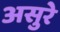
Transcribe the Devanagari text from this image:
असुरे